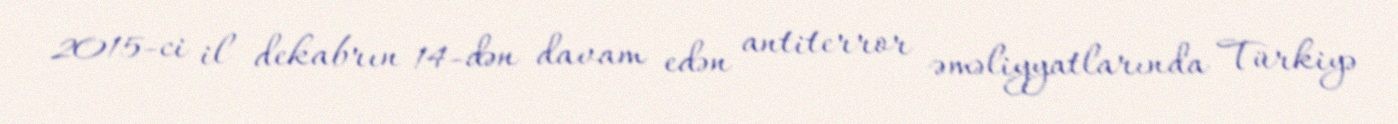
2015-ci il dekabrın 14-dən davam edən antiterror əməliyyatlarında Türkiyə